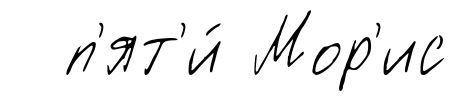
п'ят'и́ Мор'ис